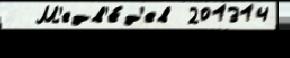
  М'едв'е́д'ев 201314